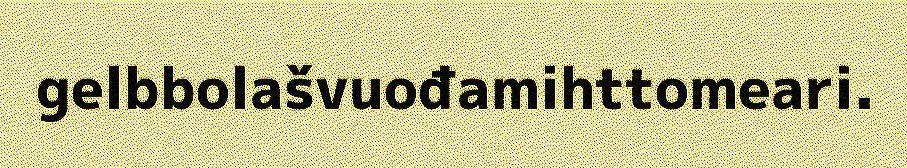
gelbbolašvuođamihttomeari.